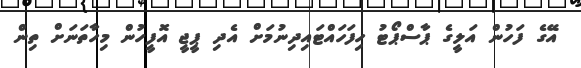
އޭގެ ފަހުން އަލީގެ ޕާސްޕޯޓު ހިފަހައްޓައިދިނުމަށް އެދި ޕީޖީ އޮފީހުން މިހާތަނަށް ތިން